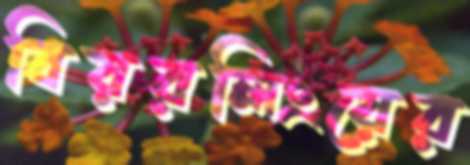
বিয়রলিংয়ের